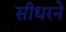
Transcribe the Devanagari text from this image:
सीधरने